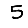
Digit: 5